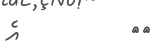
٧٠         އެ